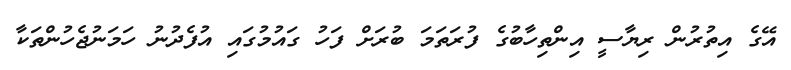
އޭގެ އިތުރުން ރިޔާސީ އިންތިހާބުގެ ފުރަތަމަ ބުރަށް ފަހު ގައުމުގައި އުފެދުނު ހަމަނުޖެހުންތަކާ